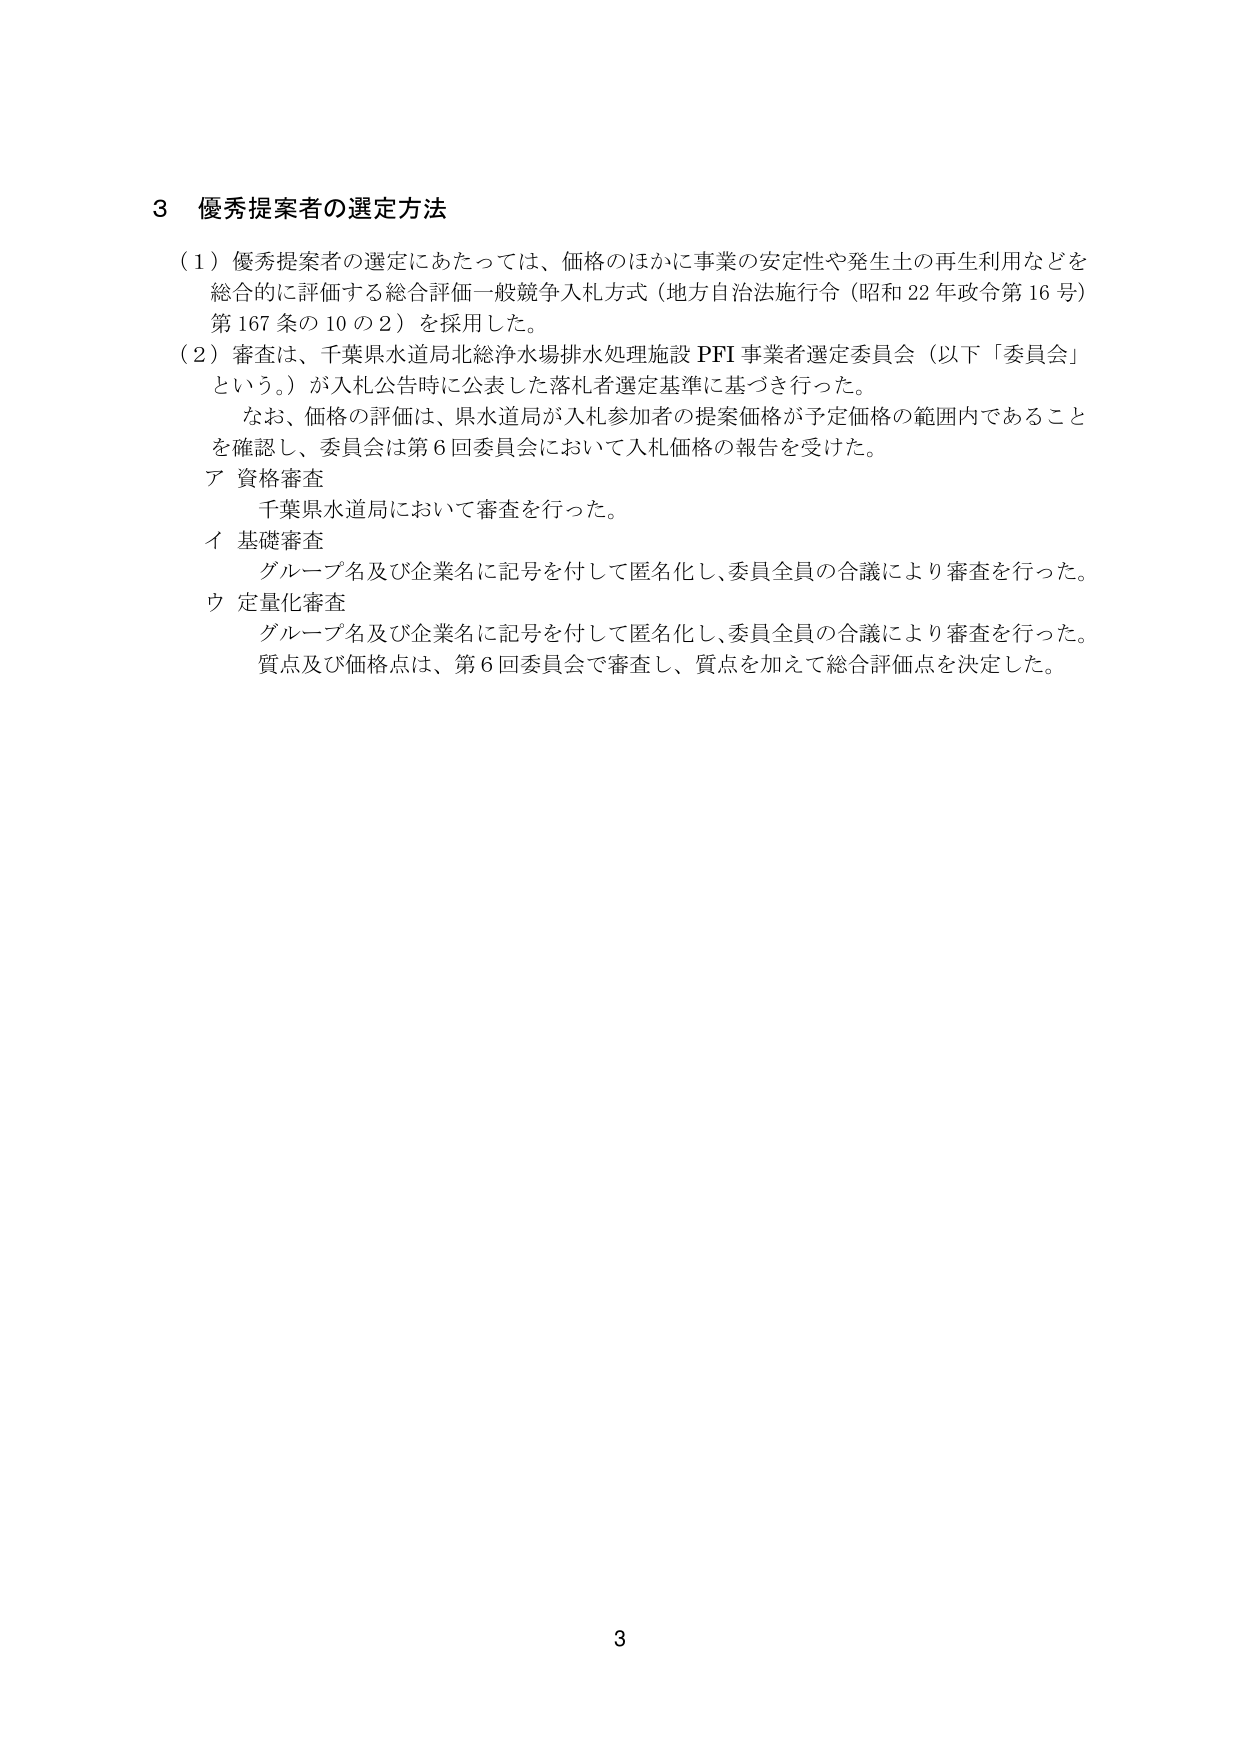
3 優秀提案者の選定方法

（1）優秀提案者の選定にあたっては、価格のほかに事業の安定性や発生土の再生利用などを総合的に評価する総合評価一般競争入札方式（地方自治法施行令（昭和22年政令第16号）第167条の10の2）を採用した。

（2）審査は、千葉県水道局北総浄水場排水処理施設PFI事業者選定委員会（以下「委員会」という。）が入札公告時に公表した落札者選定基準に基づき行った。

　なお、価格の評価は、県水道局が入札参加者の提案価格が予定価格の範囲内であることを確認し、委員会は第6回委員会において入札価格の報告を受けた。

ア 資格審査
　千葉県水道局において審査を行った。

イ 基礎審査
　グループ名及び企業名に記号を付して匿名化し、委員全員の合議により審査を行った。

ウ 定量化審査
　グループ名及び企業名に記号を付して匿名化し、委員全員の合議により審査を行った。
　質点及び価格点は、第6回委員会で審査し、質点を加えて総合評価点を決定した。

3